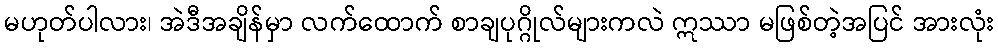
မဟုတ်ပါလား၊ အဲဒီအချိန်မှာ လက်ထောက် စာချပုဂ္ဂိုလ်များကလဲ ဣဿာ မဖြစ်တဲ့အပြင် အားလုံး